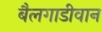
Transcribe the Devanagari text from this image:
बैलगाडीवान